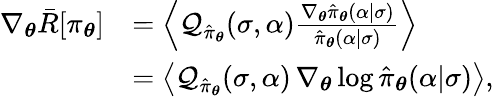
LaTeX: \begin{array}{rl}{\nabla_{\boldsymbol{\theta}}\bar{R}[\pi_{\boldsymbol{\theta}}]}&{=\left\langle\mathcal{Q}_{\hat{\pi}_{\boldsymbol{\theta}}}(\sigma,\alpha)\frac{\nabla_{\boldsymbol{\theta}}\hat{\pi}_{\boldsymbol{\theta}}(\alpha\vert\sigma)}{\hat{\pi}_{\boldsymbol{\theta}}(\alpha\vert\sigma)}\right\rangle}\\ &{=\left\langle\mathcal{Q}_{\hat{\pi}_{\boldsymbol{\theta}}}(\sigma,\alpha)\, \nabla_{\boldsymbol{\theta}}\log\hat{\pi}_{\boldsymbol{\theta}}(\alpha\vert\sigma)\right\rangle,}\end{array}